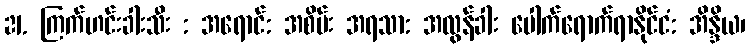
21. ကြက်ဟင်းခါးသီး : အရောင်: အစိမ်း အရသာ: အလွန်ခါး ပေါက်ရောက်ရာနိုင်ငံ: အိန္ဒိယ၊